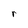
Character: r